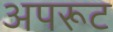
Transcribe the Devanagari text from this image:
अपरूट